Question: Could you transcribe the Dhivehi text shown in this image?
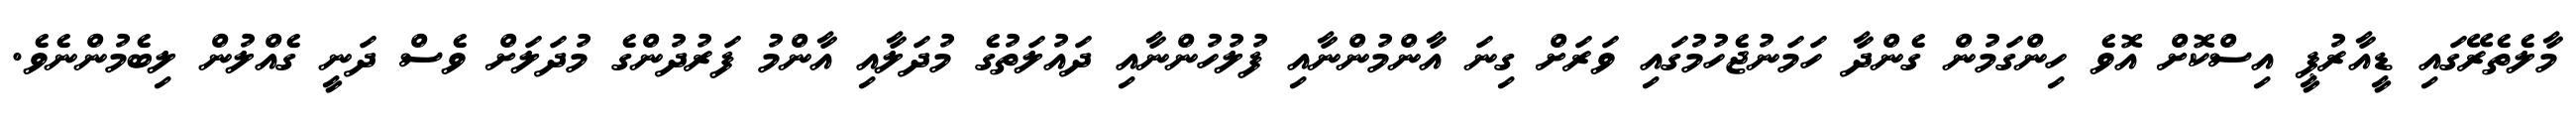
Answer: މާލެތެރޭގައި ޑީއާރުޕީ އިސްކޮށް އޮވެ ހިންގަމުން ގެންދާ ހަމަނުޖެހުމުގައި ވަރަށް ގިނަ އާންމުންނާއި ފުލުހުންނާއި ދައުލަތުގެ މުދަލާއި އާންމު ފަރުދުންގެ މުދަލަށް ވެސް ދަނީ ގެއްލުން ލިބެމުންނެވެ.